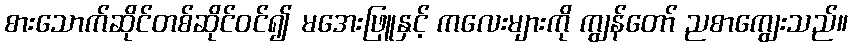
စားသောက်ဆိုင်တစ်ဆိုင်ဝင်၍ မအေးဖြူနှင့် ကလေးများကို ကျွန်တော် ညစာကျွေးသည်။